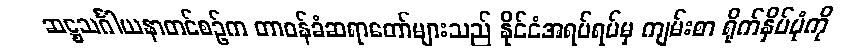
ဆဋ္ဌသင်္ဂါယနာတင်စဉ်က တာဝန်ခံဆရာတော်များသည် နိုင်ငံအရပ်ရပ်မှ ကျမ်းစာ ရိုက်နှိပ်ပုံကို